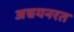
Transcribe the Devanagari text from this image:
अद्ययनरत